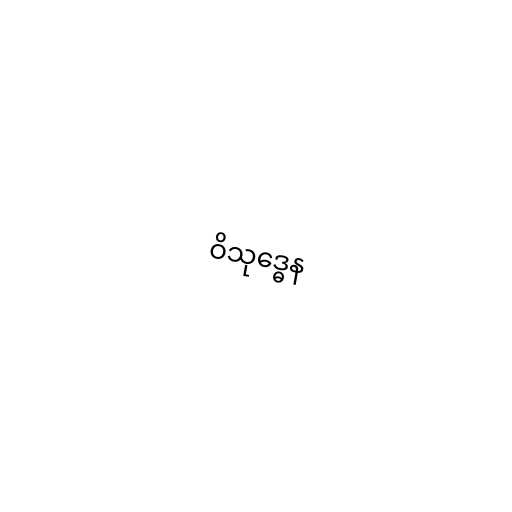
ဝိသုဒ္ဓေန